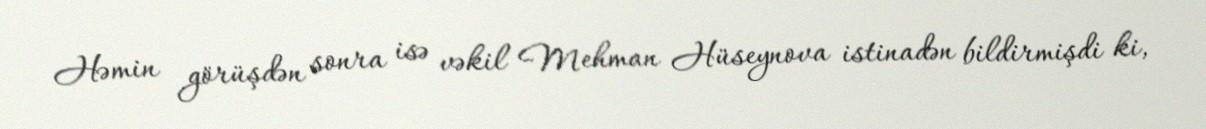
Həmin görüşdən sonra isə vəkil Mehman Hüseynova istinadən bildirmişdi ki,